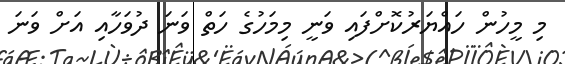
މި މީހުން ހައްޔަރުކޮށްފައި ވަނީ މިމަހުގެ ހަތް ވަނަ ދުވަހާއި އަށް ވަނަ